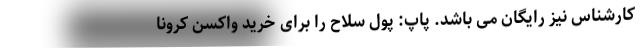
کارشناس نیز رایگان می باشد. پاپ: پول سلاح را برای خرید واکسن کرونا